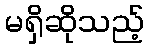
မရှိဆိုသည့်